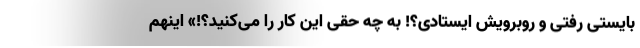
بایستی رفتی و روبرویش ایستادی؟! به چه حقی این کار را می‌کنید؟!» اینهم